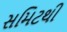
સમિટથી